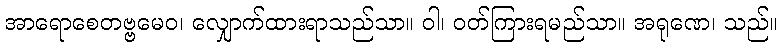
အာရောစေတဗ္ဗမေဝ၊ လျှောက်ထားရာသည်သာ။ ဝါ၊ ဝတ်ကြားရမည်သာ။ အရုဏေ၊ သည်။